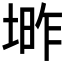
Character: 𱗑